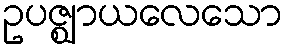
ဥပဇ္ဈာယလေသော